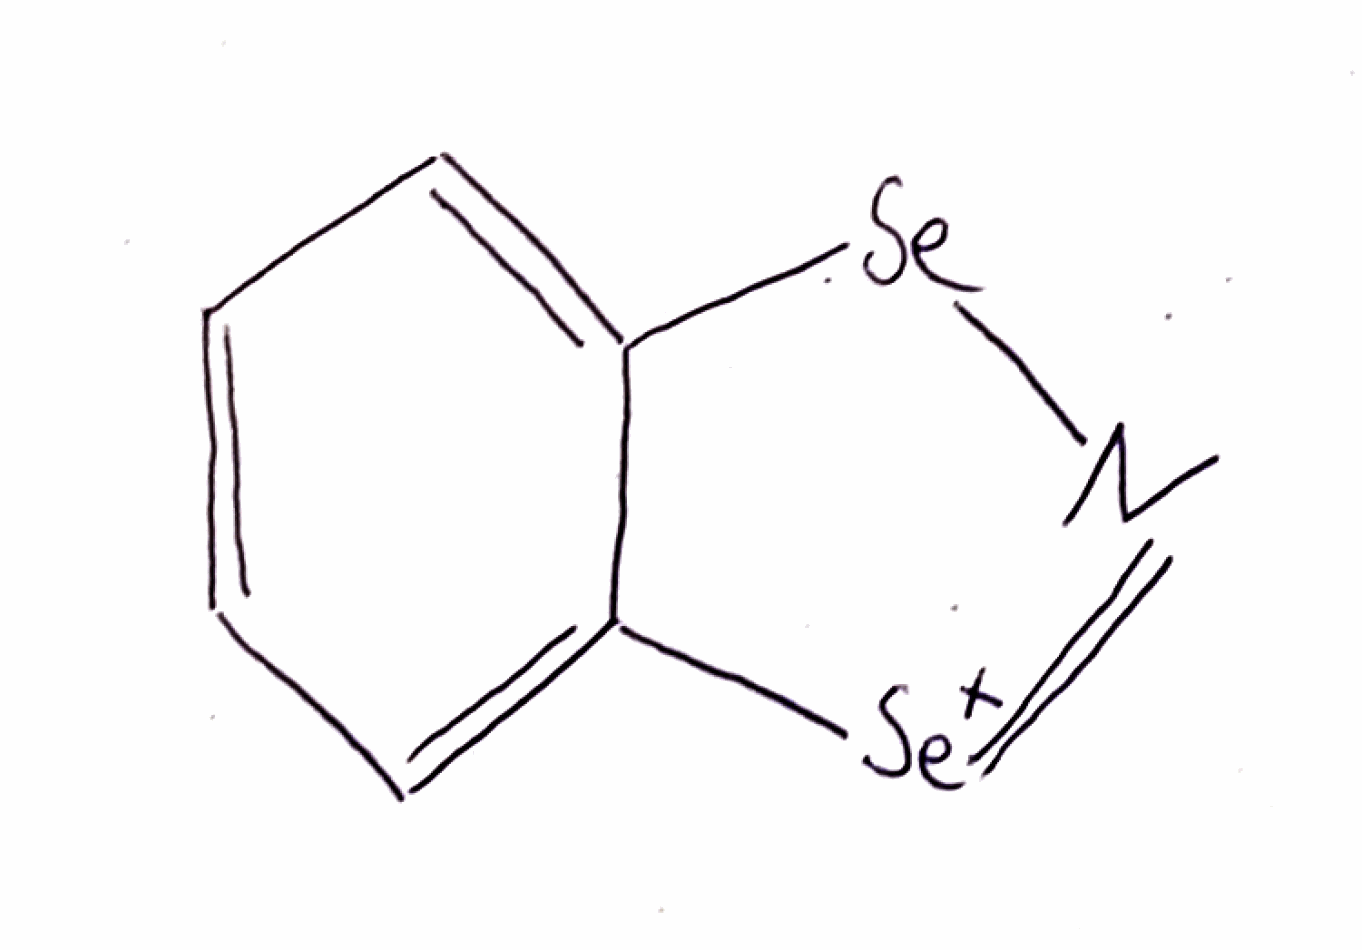
Simplified molecular-input line-entry system (SMILES) notation of the given molecule:
C1=CC=C2C(=C1)[Se]N=[Se+]2